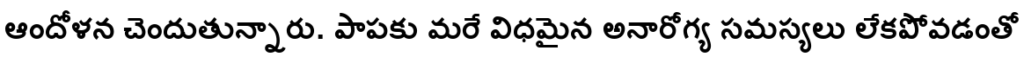
ఆందోళన చెందుతున్నారు. పాపకు మరే విధమైన అనారోగ్య సమస్యలు లేకపోవడంతో